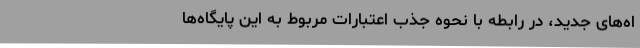
اه‌های جدید، در رابطه با نحوه جذب اعتبارات مربوط به این پایگاه‌ها